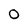
Character: 0